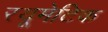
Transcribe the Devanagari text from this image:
रयूमेटिक